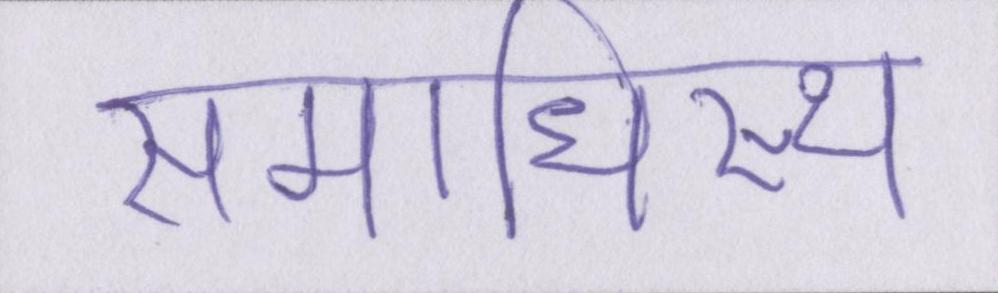
समाधिस्थ